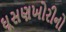
ઘૂસણખોરીનો